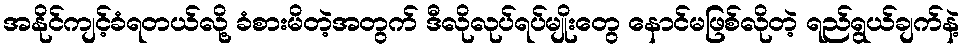
အနိုင်ကျင့်ခံရတယ်လို့ ခံစားမိတဲ့အတွက် ဒီလိုလုပ်ရပ်မျိုးတွေ နောင်မဖြစ်လိုတဲ့ ရည်ရွယ်ချက်နဲ့